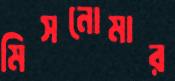
মিসনোমার